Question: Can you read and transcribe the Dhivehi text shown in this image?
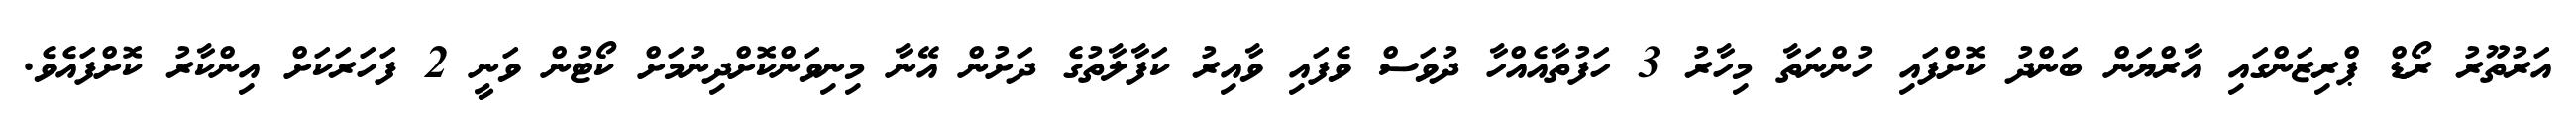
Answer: އަރުތޫރު ރޯޑް ޕްރިޒަންގައި އާރްޔަން ބަންދު ކޮށްފައި ހުންނަތާ މިހާރު 3 ހަފުތާއެއްހާ ދުވަސް ވެފައި ވާއިރު ކަފާލާތުގެ ދަށުން އޭނާ މިނިވަންކޮށްދިނުމަށް ކޯޓުން ވަނީ 2 ފަހަރަކަށް އިންކާރު ކޮށްފައެވެ.